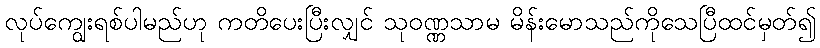
လုပ်ကျွေးရစ်ပါမည်ဟု ကတိပေးပြီးလျှင် သုဝဏ္ဏသာမ မိန်းမောသည်ကိုသေပြီထင်မှတ်၍